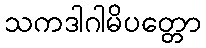
သကဒါဂါမိပတ္တော